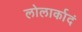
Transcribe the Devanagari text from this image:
लोलार्कादं